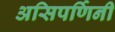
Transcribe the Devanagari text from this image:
असिपर्णिनी